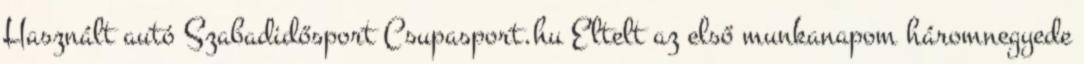
Használt autó Szabadidősport Csupasport.hu Eltelt az első munkanapom háromnegyede